Senior Leaving Certificate Examination (including Day School Certificate (Higher) General paper), 1950
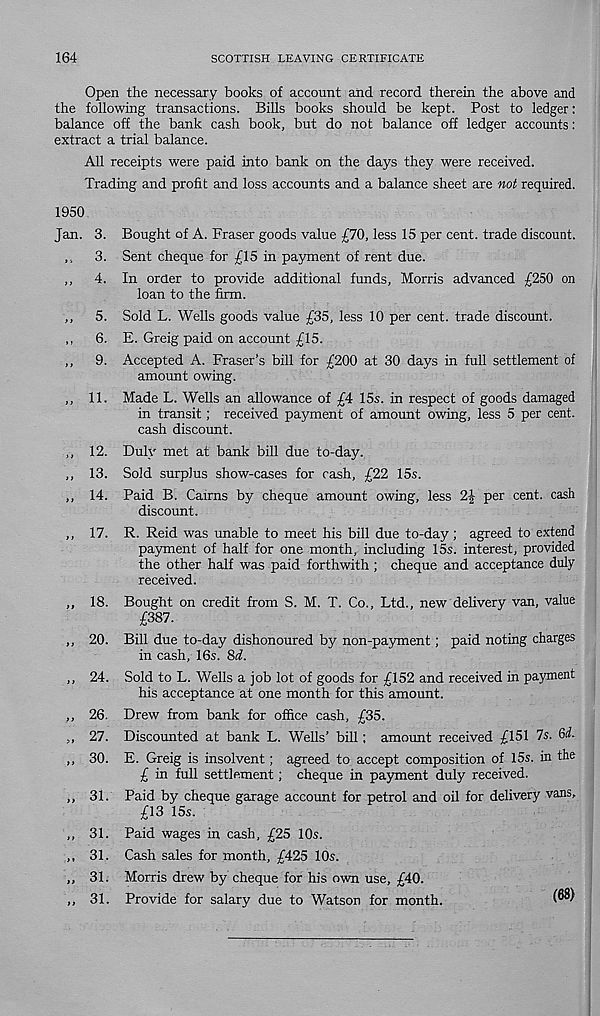
164
SCOTTISH LEAVING CERTIFICATE
Open the necessary books of account and record therein the above and
the following transactions. Bills books should be kept. Post to ledger:
balance off the bank cash book, but do not balance off ledger accounts:
extract a trial balance.
All receipts were paid into bank on the days they were received.
Trading and profit and loss accounts and a balance sheet are not required.
1950
Jan. 3. Bought of A. Fraser goods value £70, less 15 per cent, trade discount.
,, 3. Sent cheque for £15 in payment of rent due.
,, 4. In order to provide additional funds, Morris advanced £250 on
loan to the firm.
,, 5. Sold L. Wells goods value £35, less 10 per cent, trade discount.
,, 6. E. Greig paid on account £15.
,, 9. Accepted A. Fraser’s bill for £200 at 30 days in full settlement of
amount owing.
,, 11. Made L. Wells an allowance of £4 15s. in respect of goods damaged
in transit; received payment of amount owing, less 5 per cent,
cash discount.
,, 12. Duly met at bank bill due to-day.
,, 13. Sold surplus show-cases for cash, £22 15s.
,, 14. Paid B. Cairns by cheque amount owing, less 2| per cent, cash
discount.
,, 17. R. Reid was unable to meet his bill due to-day; agreed to extend
payment of half for one month, including 15s. interest, provided
the other half was paid forthwith ; cheque and acceptance duly
received.
,, 18. Bought on credit from S. M. T. Co., Ltd., new delivery van, value
£387.
,, 20. Bill due to-day dishonoured by non-payment; paid noting charges
in cash, 16s. $>d.
,, 24. Sold to L. Wells a job lot of goods for £152 and received in payment
his acceptance at one month for this amount.
,, 26. Drew from bank for office cash, £35.
>, 27. Discounted at bank L. Wells’ bill; amount received £151 7s. 6i.
,, 30. E. Greig is insolvent; agreed to accept composition of 15s. in the
£ in full settlement; cheque in payment duly received.
,, 31. Paid by cheque garage account for petrol and oil for delivery vans,
£13 15s.
,, 31. Paid wages in cash, £25 10s.
,, 31. Cash sales for month, £425 10s.
,, 31. Morris drew by cheque for his own use, £40.
,, 31. Provide for salary due to Watson for month.
(68)